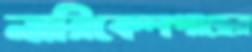
নারিকেলগাছের